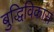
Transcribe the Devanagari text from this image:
बुद्धिविकास